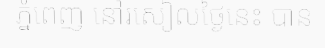
ភ្នំពេញ នៅរសៀលថ្ងៃនេះ បាន